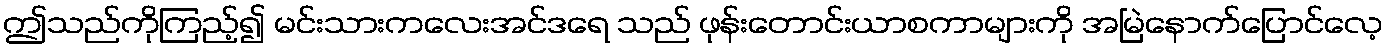
ဤသည်ကိုကြည့်၍ မင်းသားကလေးအင်ဒရေ သည် ဖုန်းတောင်းယာစကာများကို အမြဲနောက်ပြောင်လေ့